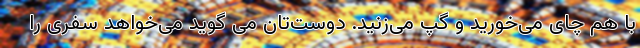
با هم چای می‌خورید و گپ می‌زنید. دوست‌تان می گوید می‌خواهد سفری را